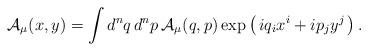
LaTeX: \begin{align*}{\mathcal{A}}_\mu( x, y)=\int d^n q \, d^n p\, {\mathcal{A}}_\mu( q, p) \exp\left( \, i q_i x^i +i p_j y^j\, \right).\end{align*}